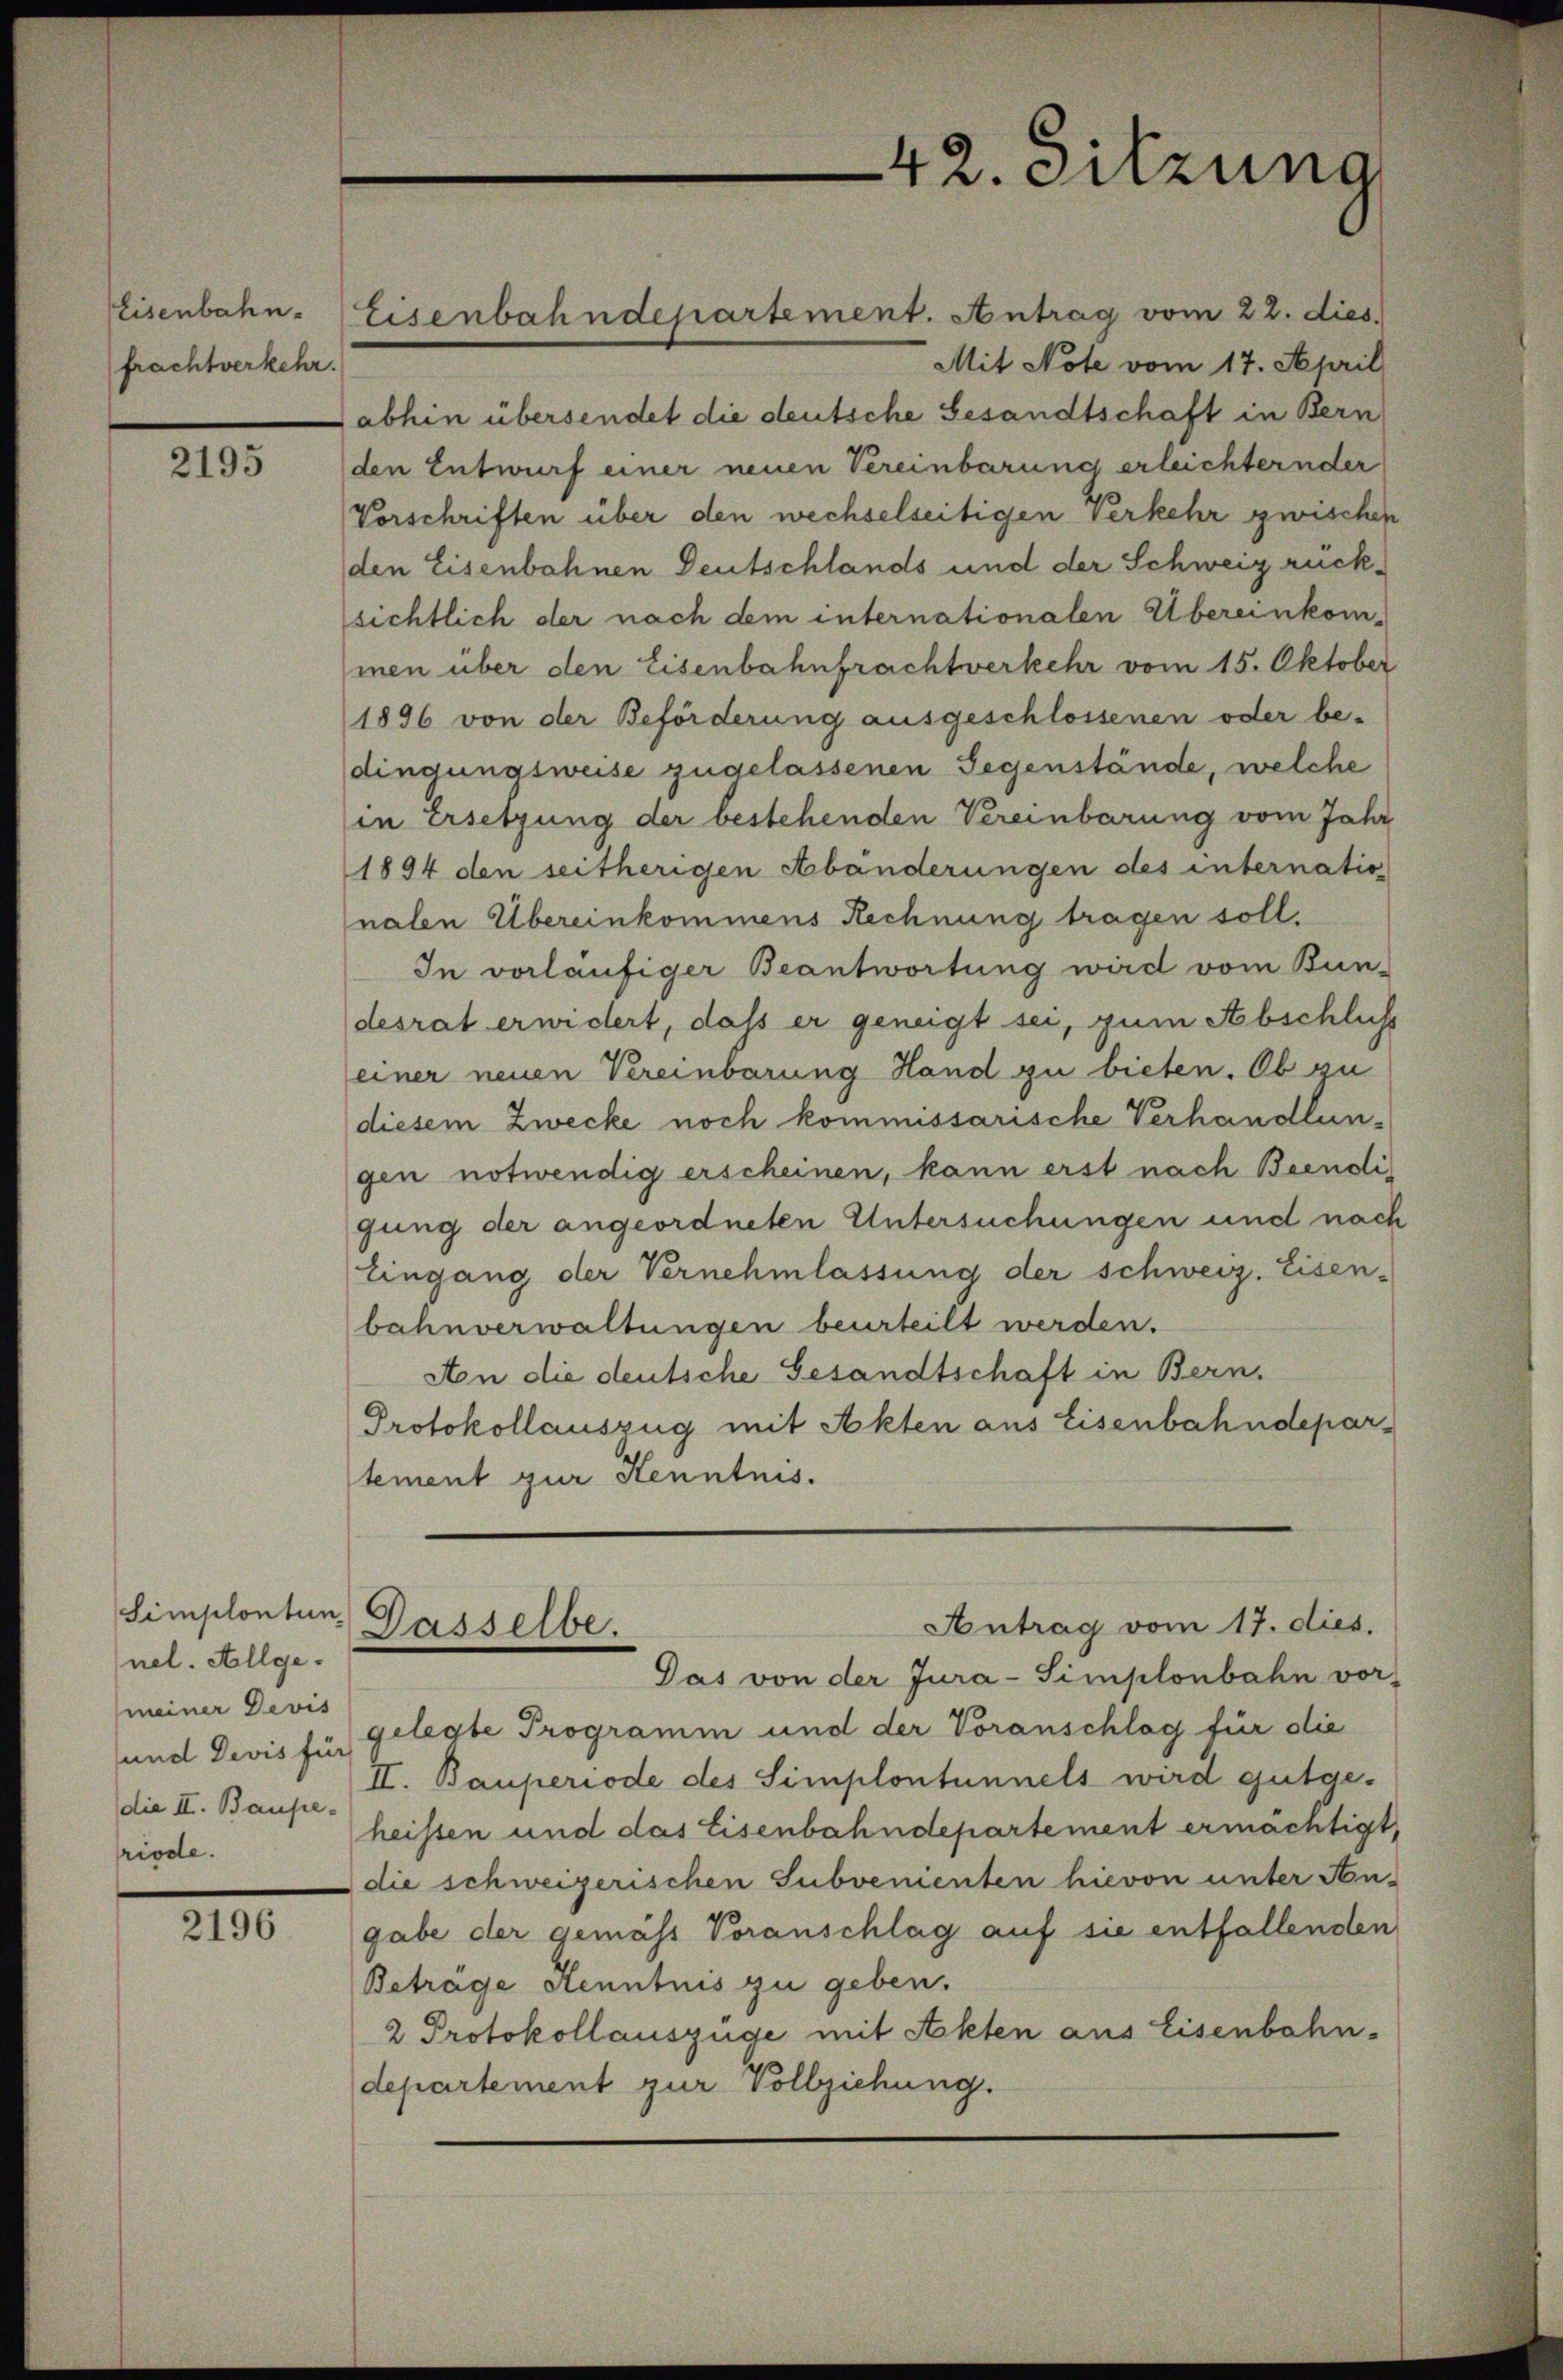
Eisenbahn.
frachtverkehr.

2195

Simplontun.
nel. Allgemeiner Devis
und Devis für
die II. Baupe-
riode.

2196

Mit Note vom 17. April
abhin übersendet die deutsche Gesandtschaft in Bern
den Entwurf einer neuen Vereinbarung erleichternder
Vorschriften über den wechselseitigen Verkehr zwischen
den Eisenbahnen Deutschlands und der Schweiz rücksichtlich der nach dem internationalen Übereinkom-
men über den Eisenbahnfrachtverkehr vom 15. Oktober
1896 von der Beförderung ausgeschlossenen oder be-
dingungsweise zugelassenen Gegenstände, welche
in Ersetzung der bestehenden Vereinbarung vom Jahr
1894 den seitherigen Abänderungen des internation
nalen Übereinkommens Rechnung tragen soll.
In vorläufiger Beantwortung wird vom Bun-
desrat erwidert, daß er geneigt sei, zum Abschluß
einer neuen Vereinbarung Hand zu bieten. Ob zu
diesem Zwecke noch kommissarische Verhandlungen notwendig erscheinen, kann erst nach Beendi
gung der angeordneten Untersuchungen und nach
Eingang der Vernehmlassung der schweiz. Eisen-
bahnverwaltungen beurteilt werden.
An die deutsche Gesandtschaft in Bern.
Protokollauszug mit Akten aus Eisenbahndepartement zur Kenntnis.
Antrag vom 17. dies.
Dasselbe.
Gas von der Jura-Simplonbahn vor-
gelegte Programm und der Voranschlag für die
II. Bauperiode des Simplontunnels wird gutgeheissen und das Eisenbahndepartement ermächtigt,
die schweizerischen Subvementen hievon unter Stugabe der gemäss Voranschlag auf sie entfallenden
Beträge Kenntnis zu geben.
2 Protokollauszüge mit Akten aus Eisenbahn-
departement zur Vollziehung.

Eisenbahndepartement. Antrag vom 22. dies

42. Sitzung